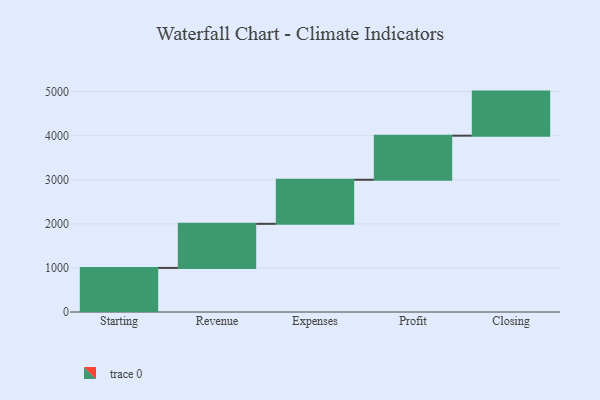
{"axis": {"x": "Step", "y": "Value"}, "legend": [""], "data": [{"x": "Starting", "y": 1000, "type": ""}, {"x": "Revenue", "y": 1000, "type": ""}, {"x": "Expenses", "y": 1000, "type": ""}, {"x": "Profit", "y": 1000, "type": ""}, {"x": "Closing", "y": 1000, "type": ""}]}